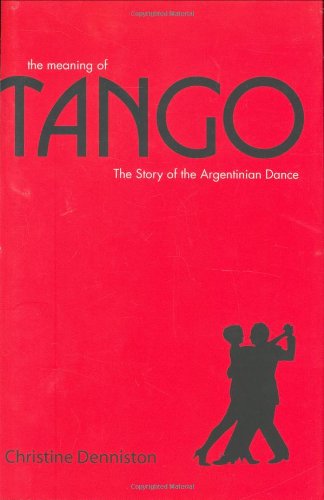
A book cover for The Meaning of Tango: The Story of the Argentinian Dance; Christine Denniston; Humor & Entertainment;